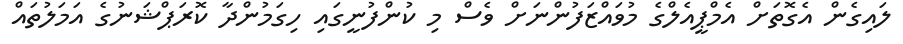
ލައިގެން އެގޮތަށް އެމްޕީއެލްގެ މުވައްޒަފުންނަށް ވެސް މި ކުންފުނީގައި ހިގަމުންދާ ކޮރަޕްޝަނުގެ އަމަލުތައް